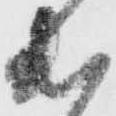
出